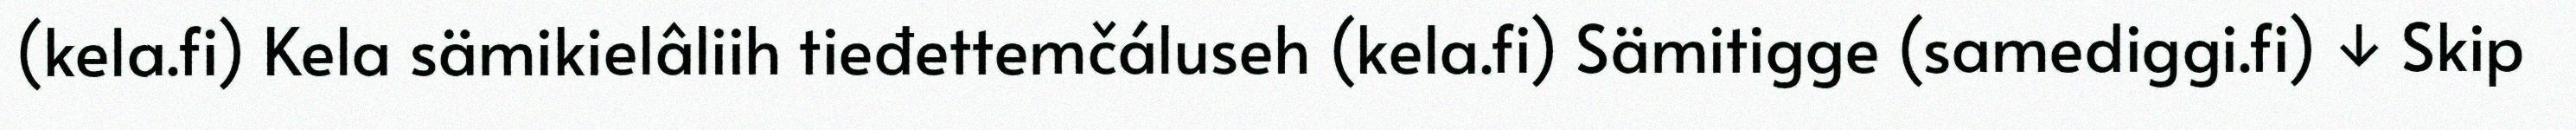
(kela.fi) Kela sämikielâliih tieđettemčáluseh (kela.fi) Sämitigge (samediggi.fi) ↓ Skip